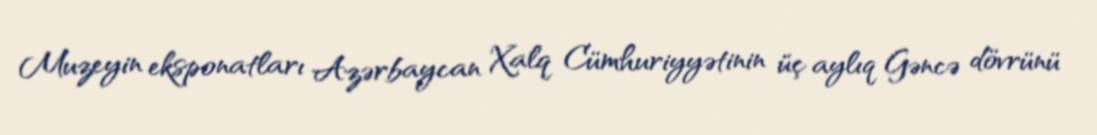
Muzeyin eksponatları Azərbaycan Xalq Cümhuriyyətinin üç aylıq Gəncə dövrünü